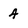
Character: 4